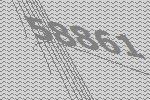
58861